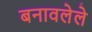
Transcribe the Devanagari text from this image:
बनावलेले